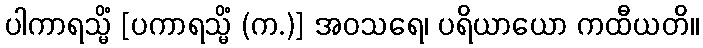
ပါကာရသ္မိံ [ပကာရသ္မိံ (က.)] အဝသရေ၊ ပရိယာယော ကထီယတိ။